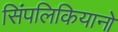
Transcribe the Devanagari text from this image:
सिंपलिकियानो